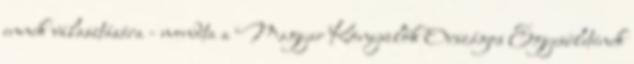
ennek választására - mondta a Magyar Könyvelők Országos Egyesületének